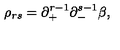
\rho _ { r s } = \partial _ { + } ^ { r - 1 } \partial _ { - } ^ { s - 1 } \beta ,